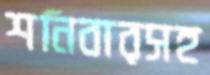
শনিবারসহ